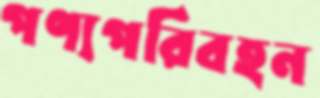
পণ্যপরিবহন